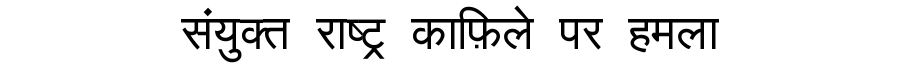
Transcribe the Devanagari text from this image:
संयुक्त राष्ट्र काफ़िले पर हमला